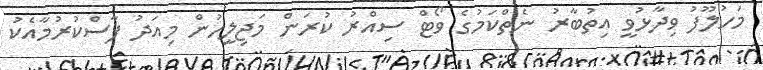
މަހުލޫފު ވިދާޅުވީ އިތުބާރު ނެތްކަމުގެ ވޯޓް ސިއްރު ކުރަން މަޖިލީހުން މިއަދު ފާސްކުރުމާއެކު